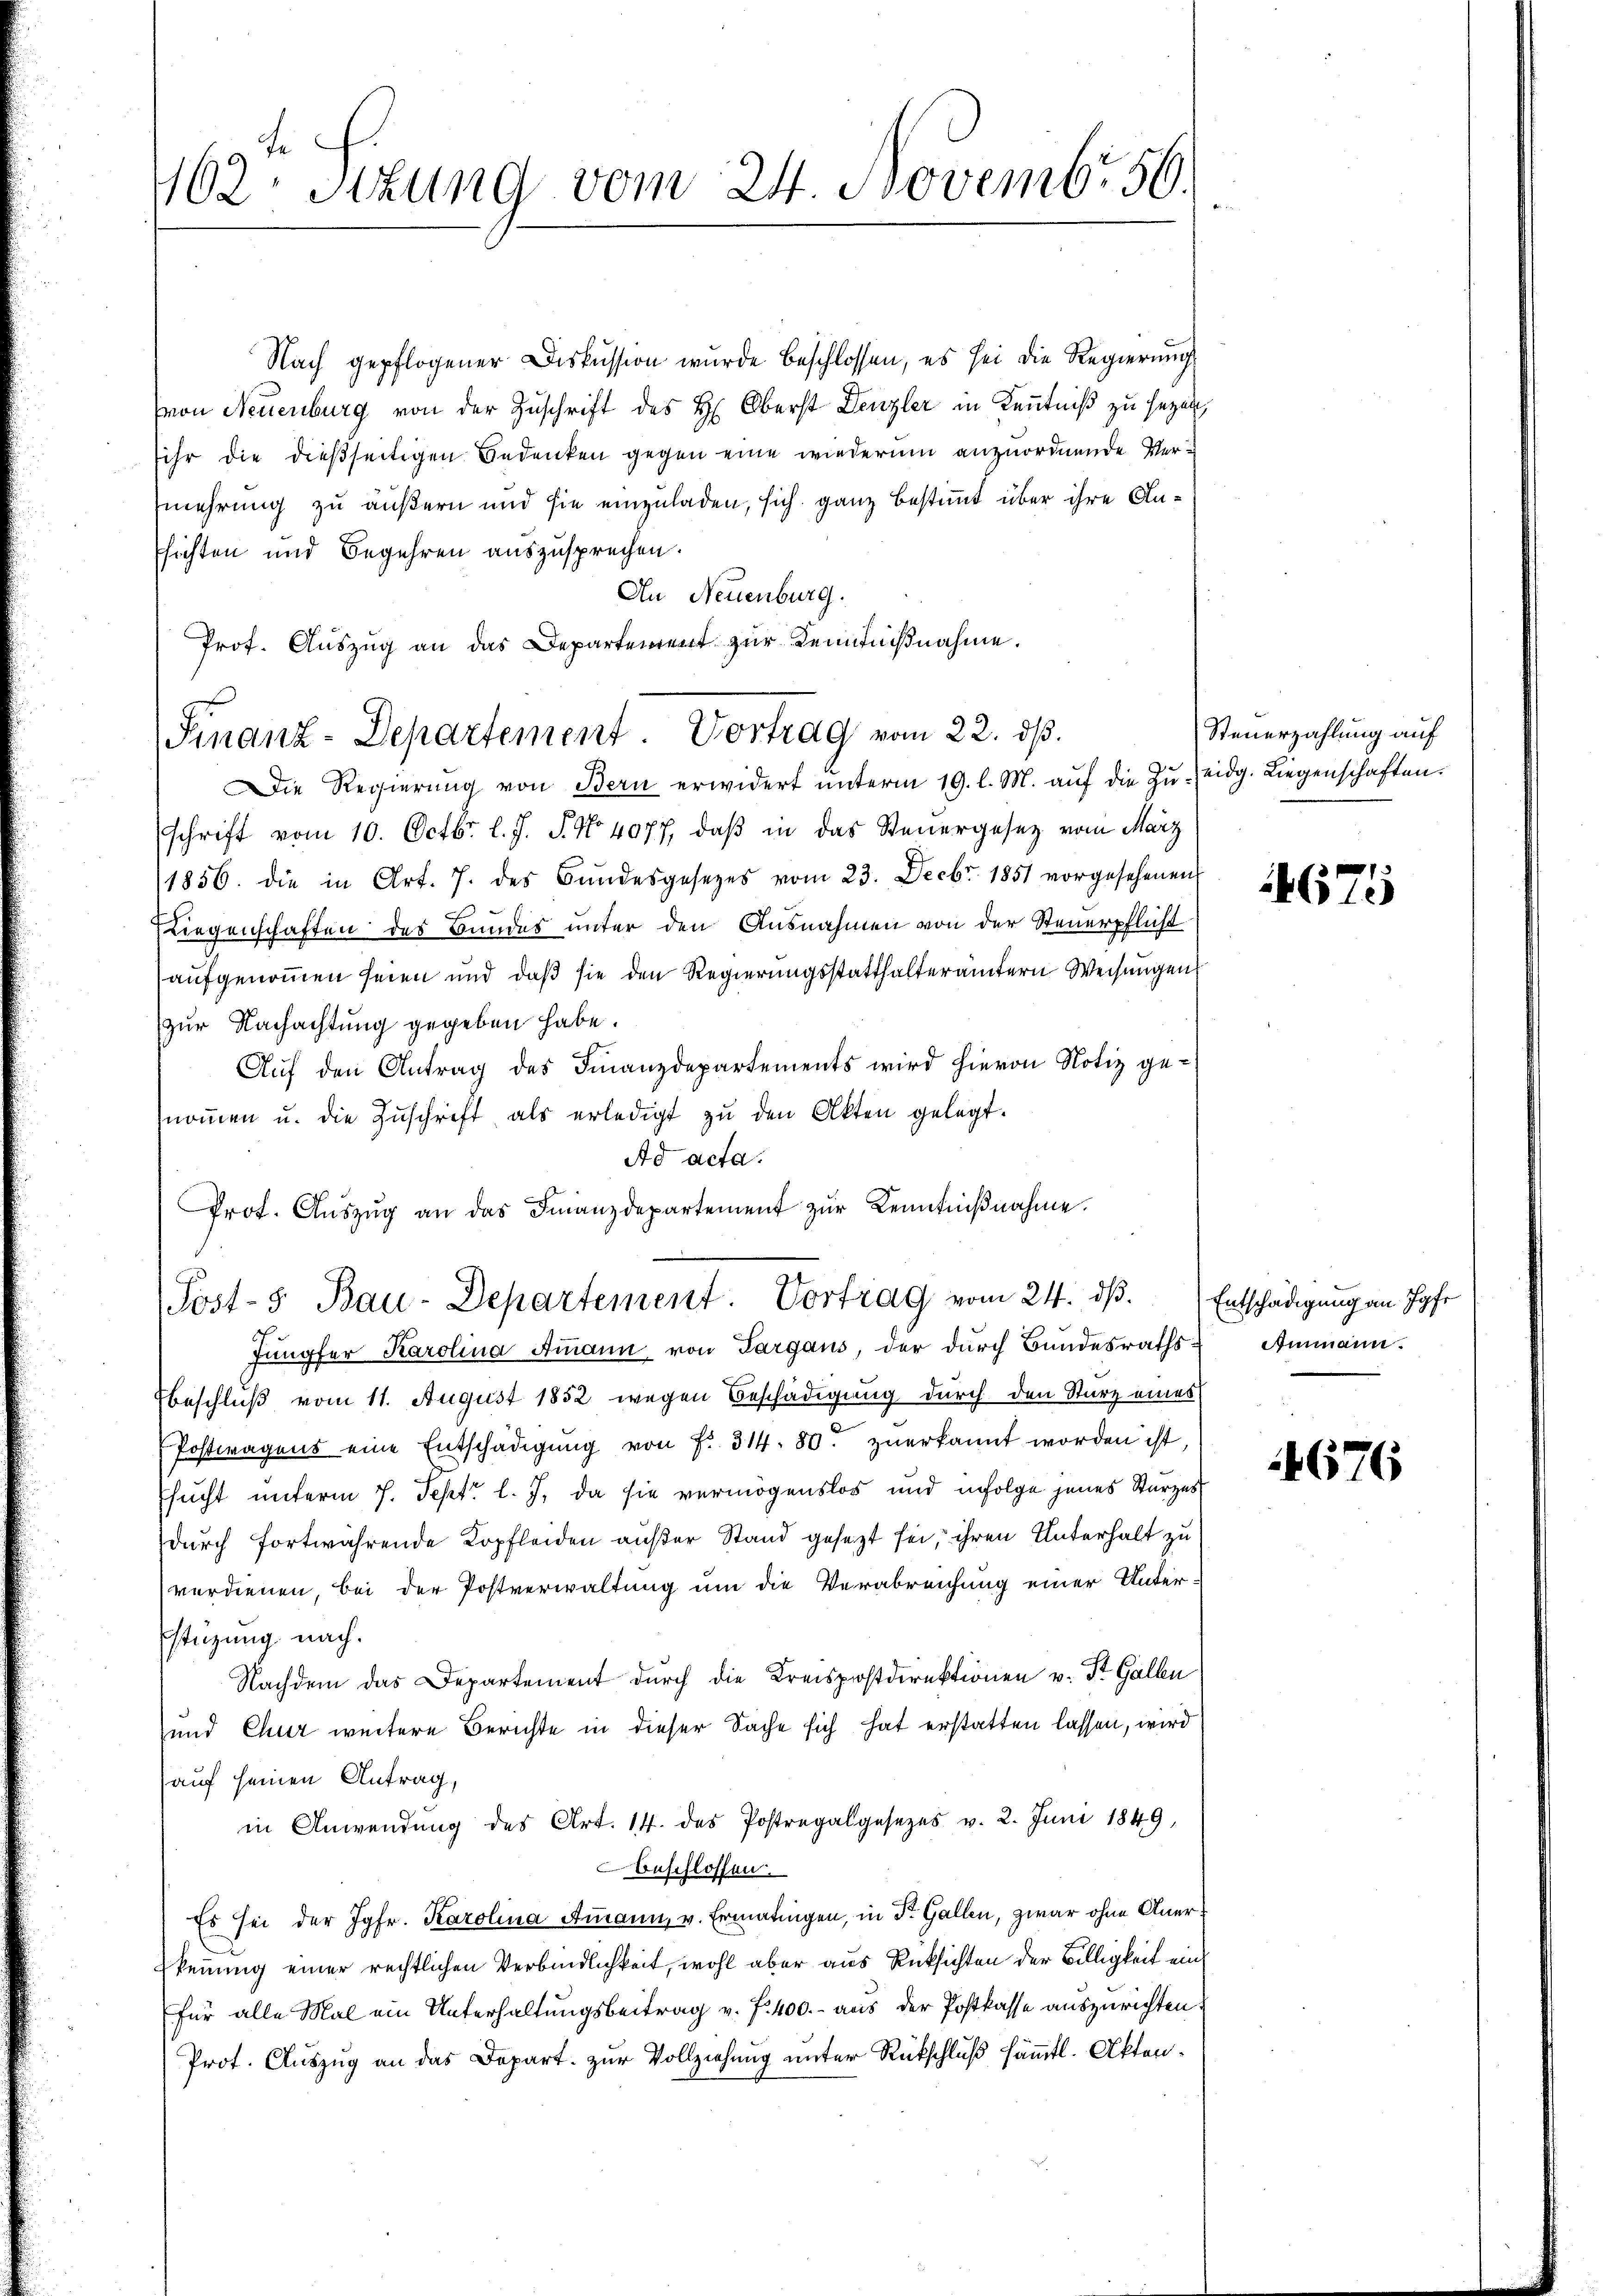
Nach gepflogener Diskussion wurde beschlossen, es sei die Regierŭng
von Neuenburg von der Zuschrift des H: Oberst Denzler in Kenntniß zu sezen,
sihr die dießseitigen Bedenken gegen eine wiederum anzuordnende Vermehrung zu äußern und sie einzuladen, sich ganz bestimmt über ihre Anfsichten und Begehren auszusprechen.
An Neuenburg.
Prof. Auszug an das Departement zur Kenntnißnahme.

162 sizung vom 24. Novembr 56.

Finanz-Departement. Vortrag vom 22. dß.

Die Regierŭng von Bern erwidert ŭnterm 19. l. M. aŭf die Zŭ-eidg. Liegenschaften.
schrift vom 10. Octbr. l. J. J. No 4077, daß in das Steuergesetz vom März
1856. die in Art. 7. des Bŭndesgesetzes vom 23. Decbr. 1851 vorgesehenen
Liegenschaften des Bundes unter den Ausnahmen von der Steuerpflicht
aufgenommen seien und daß sie den Regierungsstatthalterämtern Weisungen
zur Nachachtung gegeben habe.
Auf den Antrag des Finanzdepartements wird hievon Notiz genoṁen u. die Zŭschrift als erledigt zŭ den Akten gelegt.
Ad acta.
Prot. Auszug an das Finanzdepartement zur Kenntnißnahme.
Jungfer Karolina Ammann von Fargaus, der dŭrch Bŭndesraths-Ammann.
Beschluß vom 11. August 1852 wegen Beschädigung durch den Sturz eines
Postwagens eine Entschädigŭng von Fr. 314. 80. zŭerkannt worden ist,
sucht unterm 7. Sept. l. J. da sie vermögenslos und infolge jenes Sturzes
durch fortwährende Kopfleiden außer Stand gesezt sei, ihren Unterhalt zu
verdienen, bei der Postverwaltung um die Verabreichung einer Unter¬
Estüzung nach.
Nachdem das Departement durch die Kreispostdirektionen v. St. Gallen
und Chur weitere Berichte in dieser Sache sich hat erstatten lassen, wird
auf seinen Antrag,
in Anwendung des Art. 14. des Postregalgesezes v. 2. Juni 1849,
beschlossen.
Es sei der Jgfr. Karolina Ammann, v. Ermatingen, in Dr. Gallen, zwar ohne Anerkennung einer rechtlichen Verbindlichkeit, wohl aber aus Rücksichten der Billigkeit einfür alle Mal ein Unterhaltungsbeitrag v. f. 400.- aus der Postkasse auszurichten.
Prot. Auszug an das Depart. zur Vollziehung unter Rückschluß sämmtl. Akten¬

Post- & Bau-Departement. Vortrag vom 24. ds. Entschädigung an Hofr

Steuerzahlung auf

4675

4676